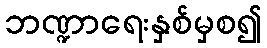
ဘဏ္ဍာရေးနှစ်မှစ၍